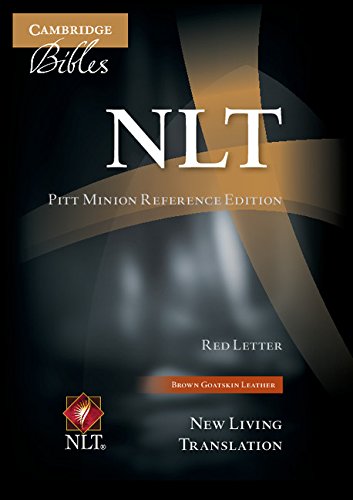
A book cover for NLT Pitt Minion Reference Edition Brown NL446XR; Reference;